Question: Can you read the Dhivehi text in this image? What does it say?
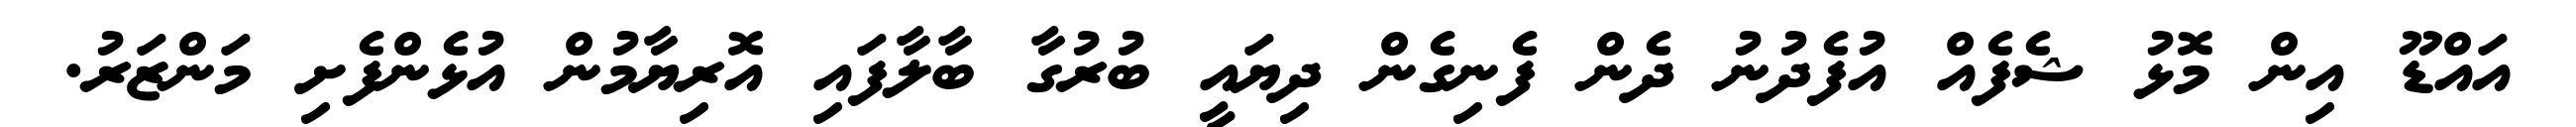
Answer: އައްޑޫ އިން މޮޅު ޝެފެއް އުފެދުނު ދެން ފެނިގެން ދިޔައީ ބުރުގާ ބާލާފައި އޮރިޔާމުން އުޅެންފެށި މަންޒަރު.